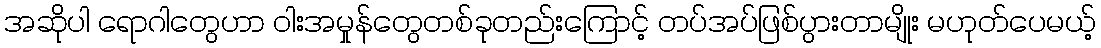
အဆိုပါ ရောဂါတွေဟာ ဝါးအမှုန်တွေတစ်ခုတည်းကြောင့် တပ်အပ်ဖြစ်ပွားတာမျိုး မဟုတ်ပေမယ့်